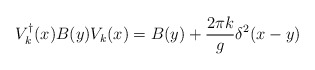
\begin{align*}V_k^\dagger (x)B(y)V_k(x)=B(y)+\frac{2\pi k}{g}\delta^2(x-y)\end{align*}